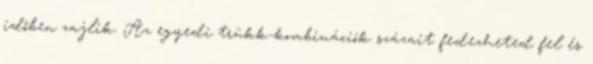
időben zajlik. Az egyedi trükk-kombinációk százait fedezheted fel és